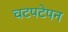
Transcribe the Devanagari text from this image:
चटपटेपन